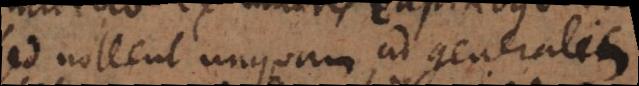
sed nollent unquam ad generalis